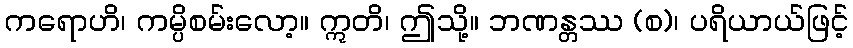
ကရောဟိ၊ ကမ္ပိစမ်းလော့။ ဣတိ၊ ဤသို့။ ဘဏန္တဿ (စ)၊ ပရိယာယ်ဖြင့်